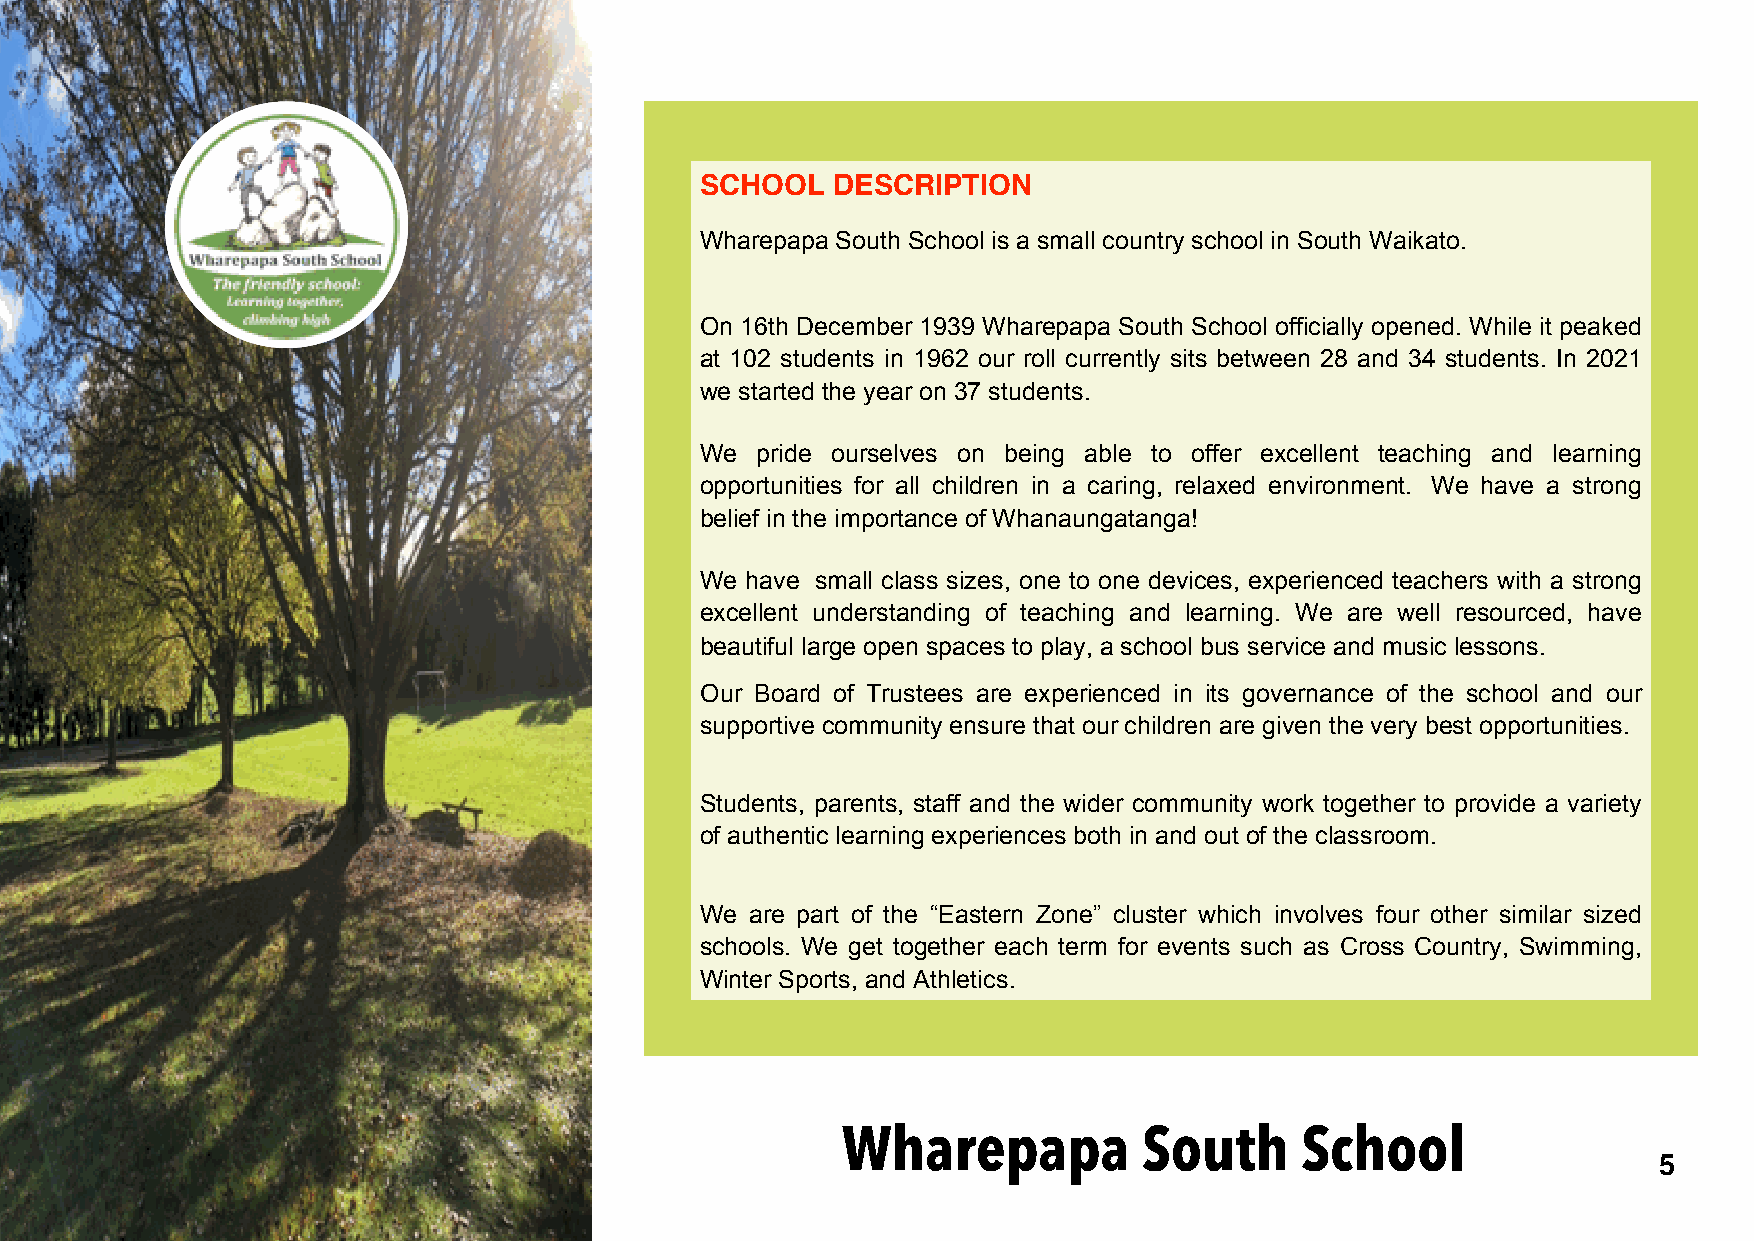
SCHOOL   DESCRIPTION
 Wharepapa South School is a small country school in South Waikato.
 On 16th December 1939 Wharepapa South School officially opened. While it peaked
 at 102 students in 1962 our roll currently sits between 28 and 34 students. In 2021
 we started the year on 37 students.
 We  pride ourselves on being able to offer excellent teaching and learning
 opportunities for all children in a caring, relaxed environment. We have a strong
 belief in the importance of Whanaungatanga!
 We have small class sizes, one to one devices, experienced teachers with a strong
 excellent understanding of teaching and learning. We are well resourced, have
 beautiful large open spaces to play, a school bus service and music lessons.
 Our Board of Trustees are experienced in its governance of the school and our
 supportive community ensure that our children are given the very best opportunities.
 Students, parents, staff and the wider community work together to provide a variety
 of authentic learning experiences both in and out of the classroom.
 We  are part of the “Eastern Zone” cluster which involves four other similar sized
 schools. We get together each term for events such as Cross Country, Swimming,
 Winter Sports, and Athletics.
 Wharepapa           South     School
 5